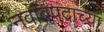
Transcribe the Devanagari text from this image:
नवाबपदाच्या